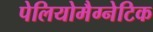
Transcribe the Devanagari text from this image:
पेलियोमैग्नेटिक